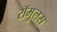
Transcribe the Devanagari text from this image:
रॉमुलस